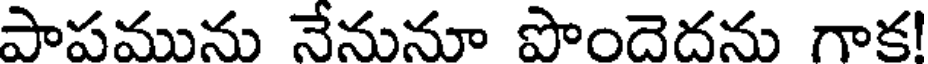
పాపమును నేనునూ పొందెదను గాక!